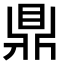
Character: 鼎